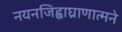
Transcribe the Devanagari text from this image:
नयनजिह्वाघ्राणात्मने